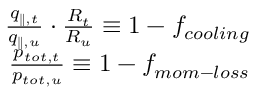
\begin{array} { r } { \frac { q _ { \parallel , t } } { q _ { \parallel , u } } \cdot \frac { R _ { t } } { R _ { u } } \equiv 1 - f _ { c o o l i n g } } \\ { \frac { p _ { t o t , t } } { p _ { t o t , u } } \equiv 1 - f _ { m o m - l o s s } } \end{array}